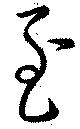
至